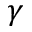
\gamma